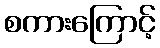
စကားကြောင့်